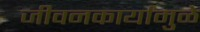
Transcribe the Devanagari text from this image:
जीवनकार्यांमुळे